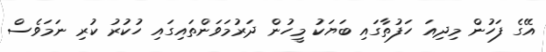
އޭގެ ފަހުން މިދިއަ ހަފުތާގައި ބަޔަކު މީހުން ދަރުމަވަންތައިގައި ހުކުރު ކުރި ނަމަވެސް